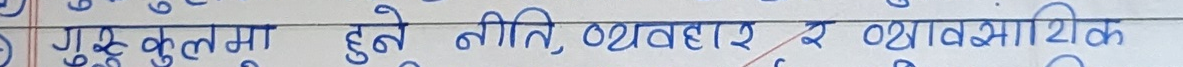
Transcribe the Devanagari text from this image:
गुरुकुलमा हुने नीति, व्यवहार र स्वाभाविक